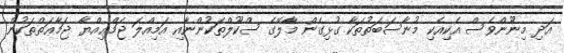
އަދި މިނޫންވެސް އެކިއެކި މުނާސަބަތުތަކާ ގުޅިގެން މާލޭގެ ސްކޫލްތަކުންނާއި އަމިއްލަ ޖަމްޢިއްޔާ ޖަމާޢަތްތަކުން